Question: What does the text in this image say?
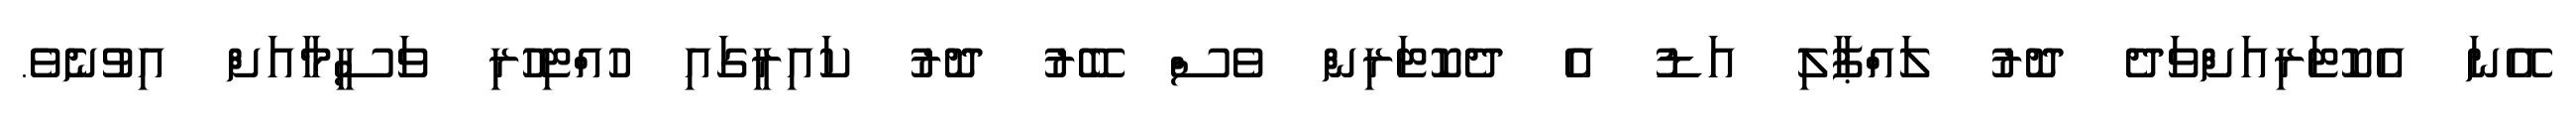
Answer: އޭނަ އެކޮޓަރިއަށްވަދެ ދޮރު ލައްޕާލި އަޑު އެ ދެކޮޓަރިން ވެސް ބޭރު ދޮރު ކައިރީގައި ހުއްޓިހުރި ވަސީމާއަށް އިވުނެވެ.